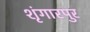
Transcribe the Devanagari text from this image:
शृंगारपुर